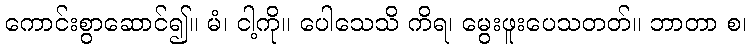
ကောင်းစွာဆောင်၍။ မံ၊ ငါ့ကို။ ပေါသေသိ ကိရ၊ မွေးဖူးပေသတတ်။ ဘာတာ စ၊